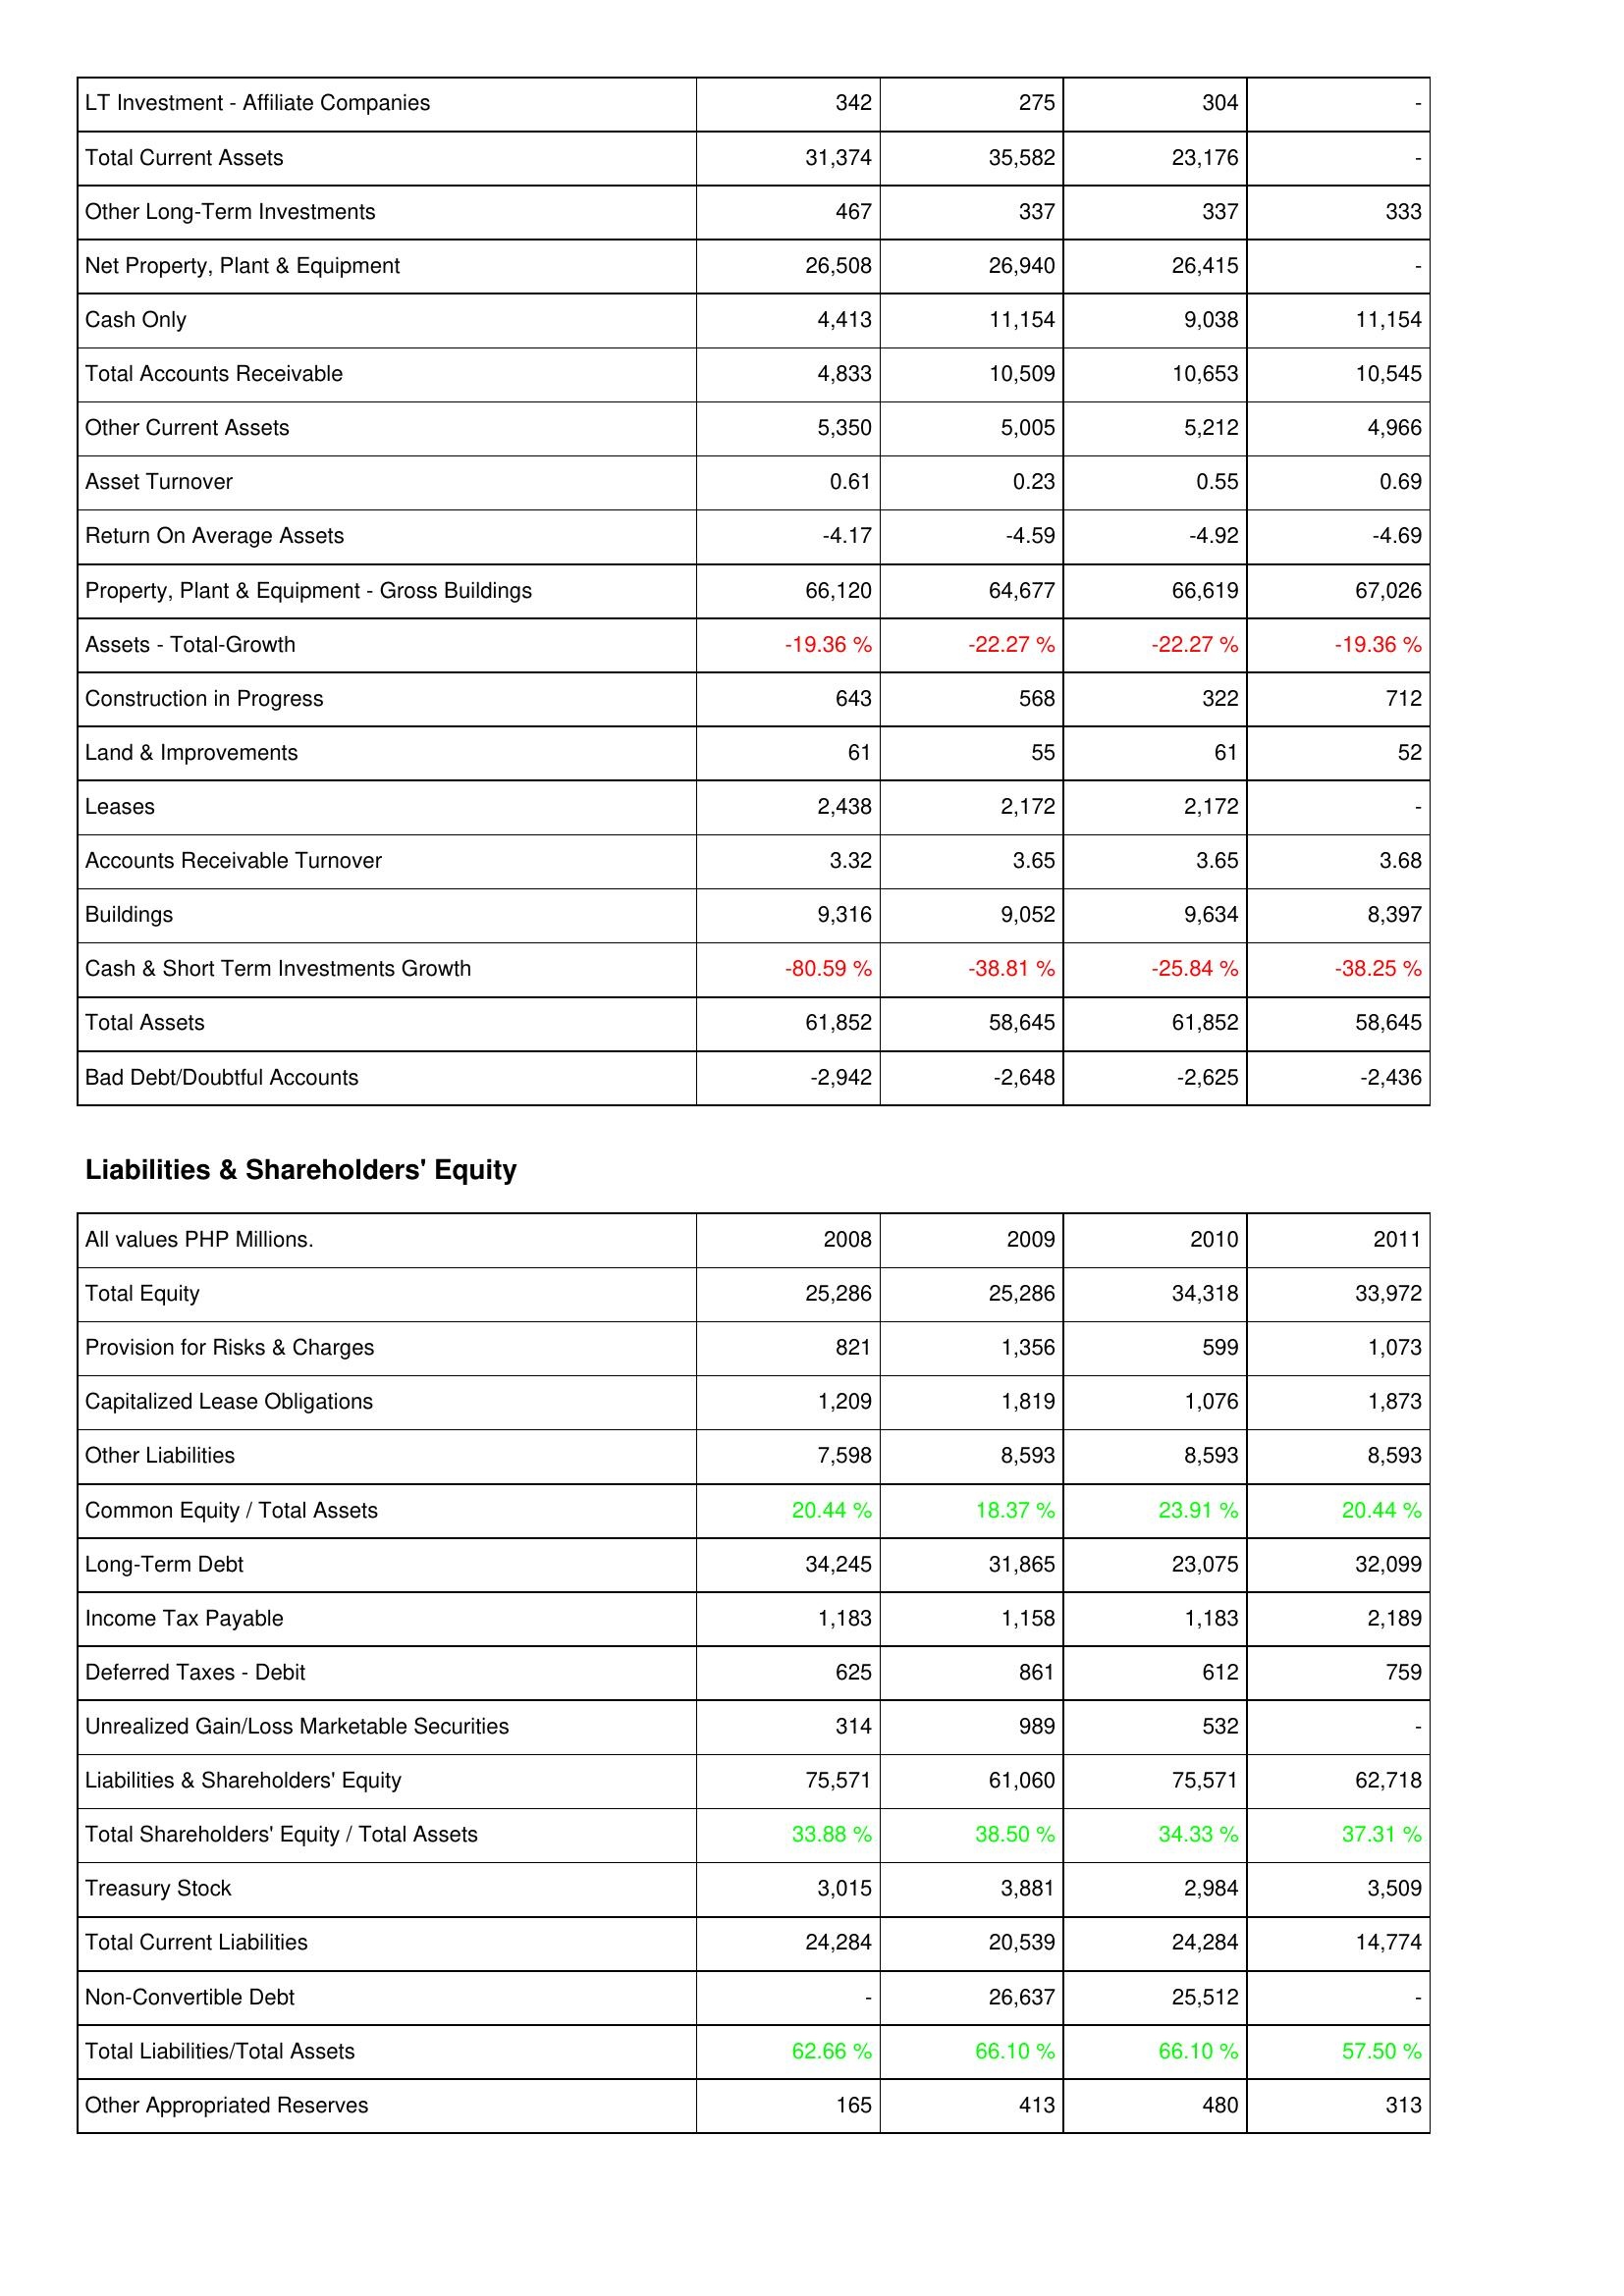
2008: Assets: LT Investment - Affiliate Companies: 342
Total Current Assets: 31,374
Other Long-Term Investments: 467
Net Property, Plant & Equipment: 26,508
Cash Only: 4,413
Total Accounts Receivable: 4,833
Other Current Assets: 5,350
Asset Turnover: 0.61
Return On Average Assets: -4.17
Property, Plant & Equipment - Gross Buildings: 66,120
Assets - Total-Growth: -19.36 %
Construction in Progress: 643
Land & Improvements: 61
Leases: 2,438
Accounts Receivable Turnover: 3.32
Buildings: 9,316
Cash & Short Term Investments Growth: -80.59 %
Total Assets: 61,852
Bad Debt/Doubtful Accounts: -2,942
Liabilities & Shareholders' Equity: Total Equity: 25,286
Provision for Risks & Charges: 821
Capitalized Lease Obligations: 1,209
Other Liabilities: 7,598
Common Equity / Total Assets: 20.44 %
Long-Term Debt: 34,245
Income Tax Payable: 1,183
Deferred Taxes - Debit: 625
Unrealized Gain/Loss Marketable Securities: 314
Liabilities & Shareholders' Equity: 75,571
Total Shareholders' Equity / Total Assets: 33.88 %
Treasury Stock: 3,015
Total Current Liabilities: 24,284
Non-Convertible Debt: -
Total Liabilities/Total Assets: 62.66 %
Other Appropriated Reserves: 165
2009: Assets: LT Investment - Affiliate Companies: 275
Total Current Assets: 35,582
Other Long-Term Investments: 337
Net Property, Plant & Equipment: 26,940
Cash Only: 11,154
Total Accounts Receivable: 10,509
Other Current Assets: 5,005
Asset Turnover: 0.23
Return On Average Assets: -4.59
Property, Plant & Equipment - Gross Buildings: 64,677
Assets - Total-Growth: -22.27 %
Construction in Progress: 568
Land & Improvements: 55
Leases: 2,172
Accounts Receivable Turnover: 3.65
Buildings: 9,052
Cash & Short Term Investments Growth: -38.81 %
Total Assets: 58,645
Bad Debt/Doubtful Accounts: -2,648
Liabilities & Shareholders' Equity: Total Equity: 25,286
Provision for Risks & Charges: 1,356
Capitalized Lease Obligations: 1,819
Other Liabilities: 8,593
Common Equity / Total Assets: 18.37 %
Long-Term Debt: 31,865
Income Tax Payable: 1,158
Deferred Taxes - Debit: 861
Unrealized Gain/Loss Marketable Securities: 989
Liabilities & Shareholders' Equity: 61,060
Total Shareholders' Equity / Total Assets: 38.50 %
Treasury Stock: 3,881
Total Current Liabilities: 20,539
Non-Convertible Debt: 26,637
Total Liabilities/Total Assets: 66.10 %
Other Appropriated Reserves: 413
2010: Assets: LT Investment - Affiliate Companies: 304
Total Current Assets: 23,176
Other Long-Term Investments: 337
Net Property, Plant & Equipment: 26,415
Cash Only: 9,038
Total Accounts Receivable: 10,653
Other Current Assets: 5,212
Asset Turnover: 0.55
Return On Average Assets: -4.92
Property, Plant & Equipment - Gross Buildings: 66,619
Assets - Total-Growth: -22.27 %
Construction in Progress: 322
Land & Improvements: 61
Leases: 2,172
Accounts Receivable Turnover: 3.65
Buildings: 9,634
Cash & Short Term Investments Growth: -25.84 %
Total Assets: 61,852
Bad Debt/Doubtful Accounts: -2,625
Liabilities & Shareholders' Equity: Total Equity: 34,318
Provision for Risks & Charges: 599
Capitalized Lease Obligations: 1,076
Other Liabilities: 8,593
Common Equity / Total Assets: 23.91 %
Long-Term Debt: 23,075
Income Tax Payable: 1,183
Deferred Taxes - Debit: 612
Unrealized Gain/Loss Marketable Securities: 532
Liabilities & Shareholders' Equity: 75,571
Total Shareholders' Equity / Total Assets: 34.33 %
Treasury Stock: 2,984
Total Current Liabilities: 24,284
Non-Convertible Debt: 25,512
Total Liabilities/Total Assets: 66.10 %
Other Appropriated Reserves: 480
2011: Assets: LT Investment - Affiliate Companies: -
Total Current Assets: -
Other Long-Term Investments: 333
Net Property, Plant & Equipment: -
Cash Only: 11,154
Total Accounts Receivable: 10,545
Other Current Assets: 4,966
Asset Turnover: 0.69
Return On Average Assets: -4.69
Property, Plant & Equipment - Gross Buildings: 67,026
Assets - Total-Growth: -19.36 %
Construction in Progress: 712
Land & Improvements: 52
Leases: -
Accounts Receivable Turnover: 3.68
Buildings: 8,397
Cash & Short Term Investments Growth: -38.25 %
Total Assets: 58,645
Bad Debt/Doubtful Accounts: -2,436
Liabilities & Shareholders' Equity: Total Equity: 33,972
Provision for Risks & Charges: 1,073
Capitalized Lease Obligations: 1,873
Other Liabilities: 8,593
Common Equity / Total Assets: 20.44 %
Long-Term Debt: 32,099
Income Tax Payable: 2,189
Deferred Taxes - Debit: 759
Unrealized Gain/Loss Marketable Securities: -
Liabilities & Shareholders' Equity: 62,718
Total Shareholders' Equity / Total Assets: 37.31 %
Treasury Stock: 3,509
Total Current Liabilities: 14,774
Non-Convertible Debt: -
Total Liabilities/Total Assets: 57.50 %
Other Appropriated Reserves: 313